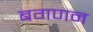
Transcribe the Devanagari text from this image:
बगणन